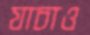
যাচাও